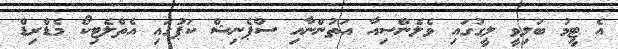
އެ ޓީމު ބަލިވީ ލީގުގައި ވެލެންސިއާ އަތުންނާއި ސްޕެނިޝް ކަޕުގައި އެތްލެޓިކޯ މެޑްރިޑް